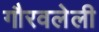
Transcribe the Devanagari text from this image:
गौरवलेली